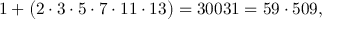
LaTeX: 1 + { \big ( } 2 \cdot 3 \cdot 5 \cdot 7 \cdot 1 1 \cdot 1 3 { \big ) } = 3 0 0 3 1 = 5 9 \cdot 5 0 9 ,